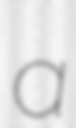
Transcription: a